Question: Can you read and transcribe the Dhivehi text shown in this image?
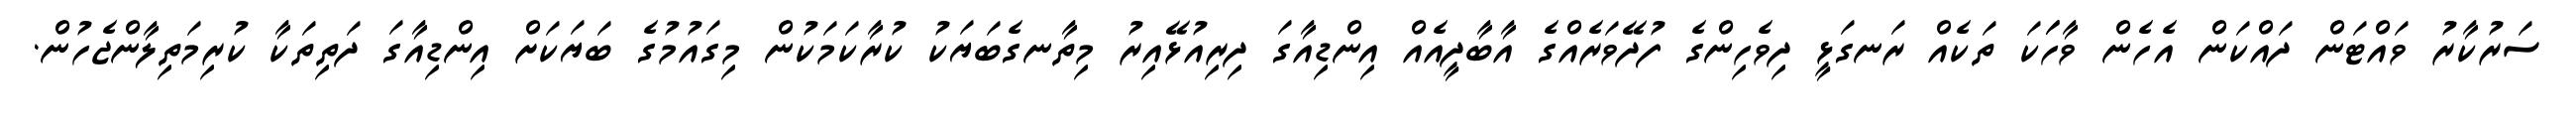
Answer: ސަރުކާރު ވައްޓަން ދައްކަން އެހެން ވާހަަކަ ތަކެއް ރަނގަޅީ ދިވެހިންގެ ފުދޭވަރެއްގެ އާބާދީއެއް އިންޑިއާގަ ދިރިއުޅޭއިރު މިތާނގެބަޔަކު ކުރާކަމަކުން މިގައުމުގެ ބަޔަކަށް އިންޑިއާގަ ދަތިތަކާ ކުރިމަތިލާންޖެހުން.